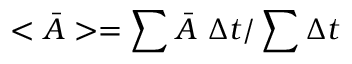
< \ensuremath { \bar { A } } > = \sum \ensuremath { \bar { A } } \ \Delta t / \sum \Delta t